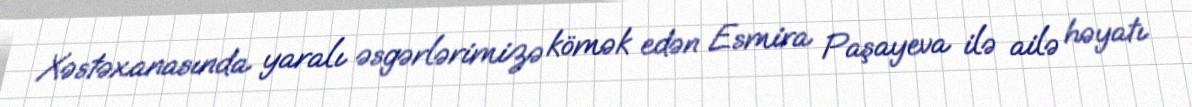
Xəstəxanasında yaralı əsgərlərimizə kömək edən Esmira Paşayeva ilə ailə həyatı